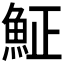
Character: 𩶝